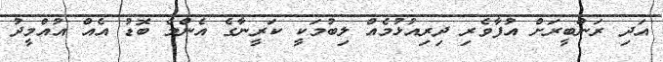
އަދި ރަންބީރަށް އުފާވެރި ދިރިއުޅުމެއް ލިބުމަކީ ކަރީނާގެ އެންމެ ބޮޑު އެއް އުއްމީދު